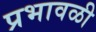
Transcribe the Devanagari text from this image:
प्रभावळी